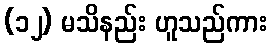
(၁၂) မသိနည်း ဟူသည်ကား